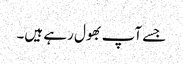
جسے آپ بھول رہے ہیں۔